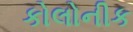
કોલોનીક